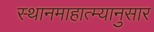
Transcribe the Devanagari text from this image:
स्थानमाहात्म्यानुसार